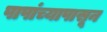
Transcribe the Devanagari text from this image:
पापांच्यापासून